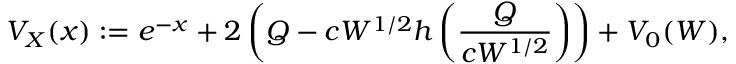
V _ { X } ( x ) : = e ^ { - x } + 2 \left( Q - c W ^ { 1 / 2 } h \left( \frac { Q } { c W ^ { 1 / 2 } } \right) \right) + V _ { 0 } ( W ) ,